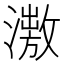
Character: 𣿗